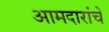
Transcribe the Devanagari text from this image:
आमदारांचे